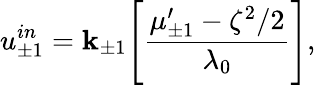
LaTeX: u_{\pm1}^{in}=\mathbf{k}_{\pm1}\Bigg[\frac{{\mu_{\pm1}^{\prime}-\zeta^{2}/2}}{{\lambda_{0}}}\Bigg],